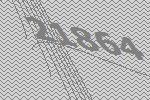
21864